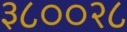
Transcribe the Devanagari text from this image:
३८००२८